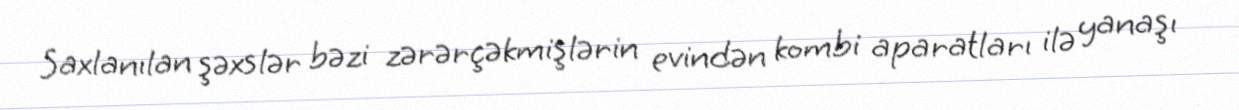
Saxlanılan şəxslər bəzi zərərçəkmişlərin evindən kombi aparatları ilə yanaşı